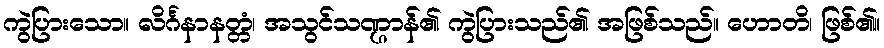
ကွဲပြားသော။ လိင်္ဂနာနတ္တံ၊ အသွင်သဏ္ဌာန်၏ ကွဲပြားသည်၏ အဖြစ်သည်။ ဟောတိ၊ ဖြစ်၏။